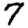
Digit: 7